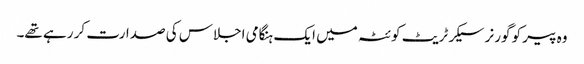
وہ پیر کو گورنر سیکرٹریٹ کوئٹہ میں ایک ہنگامی اجلاس کی صدارت کر رہے تھے۔